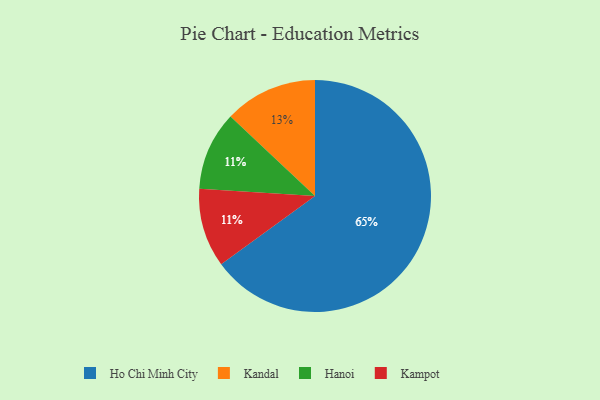
{"axis": {"x": "Category", "y": "Percentage"}, "legend": ["Hanoi", "Ho Chi Minh City", "Kampot", "Kandal"], "data": [{"x": "Kandal", "y": 13, "type": "Kandal"}, {"x": "Hanoi", "y": 11, "type": "Hanoi"}, {"x": "Kampot", "y": 11, "type": "Kampot"}, {"x": "Ho Chi Minh City", "y": 65, "type": "Ho Chi Minh City"}]}